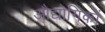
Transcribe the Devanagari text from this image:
औद्योगिकों